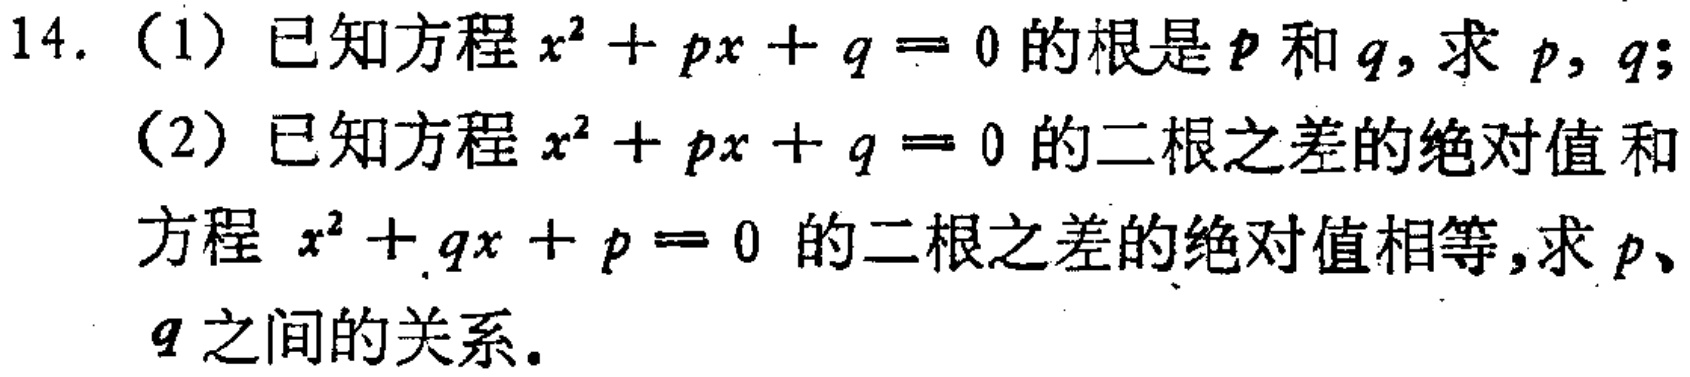
14. （1）已知方程\(x^{2}+px + q = 0\)的根是\(p\)和\(q\)，求 \(p\)，\(q\)；
（2）已知方程\(x^{2}+px + q = 0\)的二根之差的绝对值和
方程 \(x^{2}+qx + p = 0\) 的二根之差的绝对值相等，求 \(p\)、
\(q\)之间的关系。